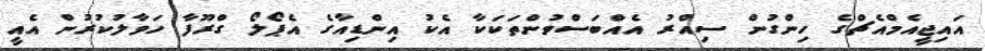
އައިޖީއެމްއެޗްގެ ހިންގުން ސިއްރު އެއްބަސްވުންތަކަކާ އެކު އިންޑިއާގެ އެޕޯލޯ ގްރޫފާ ހަވާލުކުރުން އެއީ